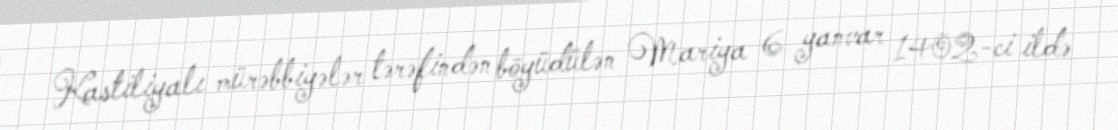
Kastiliyalı mürəbbiyələr tərəfindən böyüdülən Mariya 6 yanvar 1402-ci ildə